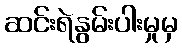
ဆင်းရဲနွမ်းပါးမှုမှ